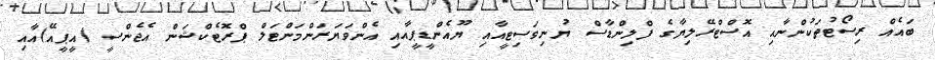
ބައެއް ރިސޯޓުތަކުންނާއި އޮސްޓްރޭލިޔާގެ ފްލިންޑާސް ޔުނިވަސިޓީއާއި ޔޫއެންޑީޕީއާއި އެންވަޔަރަންމަންޓަލް ޕްރޮޓެކްޝަން އެޖެންސީ (އީޕީއޭ)އާއި